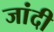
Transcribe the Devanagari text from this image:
जांदी